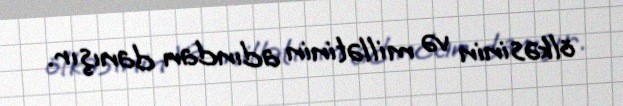
ölkəsinin və millətinin adından danışır.